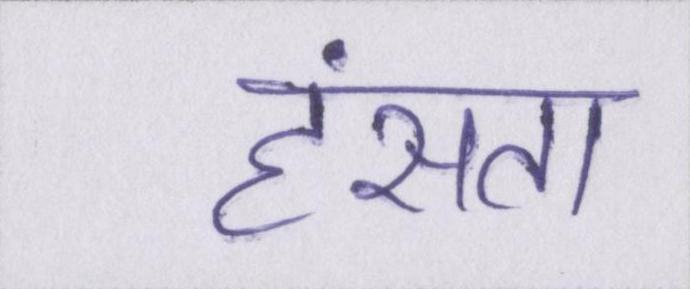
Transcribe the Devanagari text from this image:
हंसता